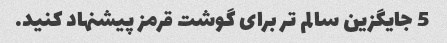
5 جایگزین سالم تر برای گوشت قرمز پیشنهاد کنید.